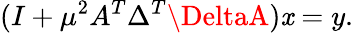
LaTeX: (I+\mu^{2}A^{T}\Delta^{T}\DeltaA)\mathit{x}=y.